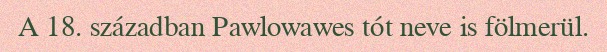
A 18. században Pawlowawes tót neve is fölmerül.